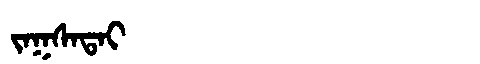
Manchu: ᠵᠠᡴᠰᠠᡨᠠᡳ
Romanization: JAKSATAI